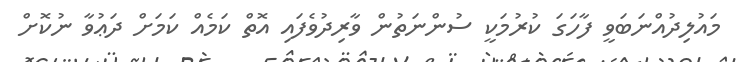
މައުލިދުއްނަބަވީ ފާހަގަ ކުރުމަކީ ސުންނަތުން ވާރިދުވެފައި އޮތް ކަމެއް ކަމަށް ދަޢުވާ ނުކޮށް